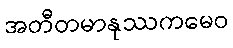
အတီတမာနုဿကမေဝ